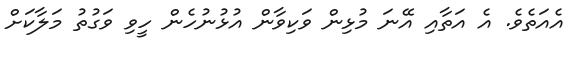
އެއަތެވެ. އެ އަތާއި އޭނަ މުޅިން ވަކިވާން އުޅުނުހެން ހީވި ވަގުތު މަލާކަށް